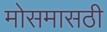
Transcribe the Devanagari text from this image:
मोसमासठी